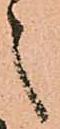
之